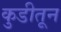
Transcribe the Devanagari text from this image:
कुडीतून